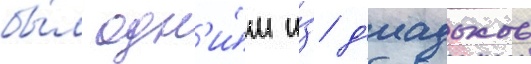
бы́л одн'и́м и́з д'иадохов